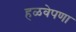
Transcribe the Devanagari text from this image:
हळवेपणा